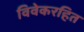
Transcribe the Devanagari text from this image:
विवेकरहित